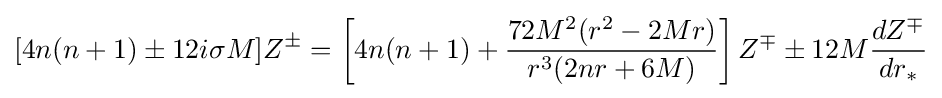
[4n(n+1)\pm 12i\sigma M]Z^{\pm }=\left[4n(n+1)+{\frac {72M^{2}(r^{2}-2Mr)}{r^{3}(2nr+6M)}}\right]Z^{\mp }\pm 12M{\frac {dZ^{\mp }}{dr_{*}}}